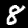
Digit: 8